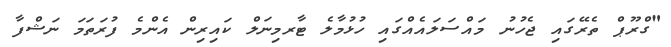
"ގްރޫޕް ތެރޭގައި ޖެހުނު މައްސަލައެއްގައި ހުޅުމާލެ ޓާރމިނަލް ކައިރިން އެންމެ ފުރަތަމަ ނަޝްފާ